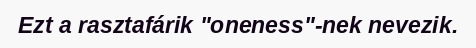
Ezt a rasztafárik "oneness"-nek nevezik.